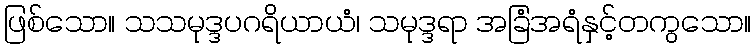
ဖြစ်သော။ သသမုဒ္ဒပဂရိယာယံ၊ သမုဒ္ဒရာ အခြံအရံနှင့်တကွသော။